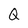
Character: Q